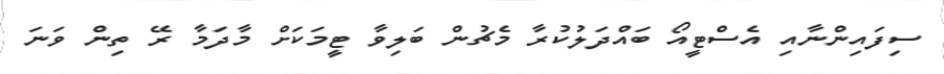
ސިފައިންނާއި އެސްޓީއޯ ބައްދަލުކުރާ މެޗުން ބަލިވާ ޓީމަކަށް މާދަމާ ރޭ ތިން ވަނަ